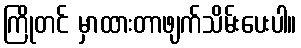
ကြိုတင် မှာထားတာဖျက်သိမ်းပေးပါ။